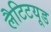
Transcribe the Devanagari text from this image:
लैटिटयूड